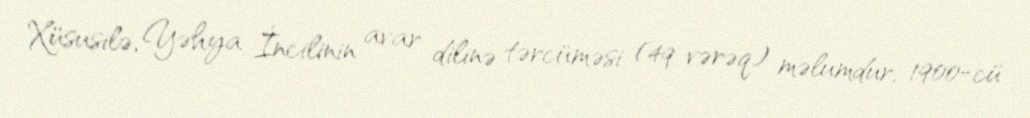
Xüsusilə, Yəhya İncilinin avar dilinə tərcüməsi (49 vərəq) məlumdur, 1900-cü